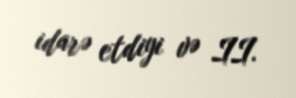
idarə etdiyi və II.